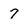
Character: 7